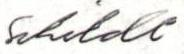
Schildt